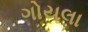
ગોયલા